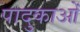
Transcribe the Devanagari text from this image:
पादुकाओं